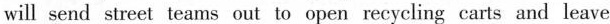
will send street teams out to open recycling carts and leave